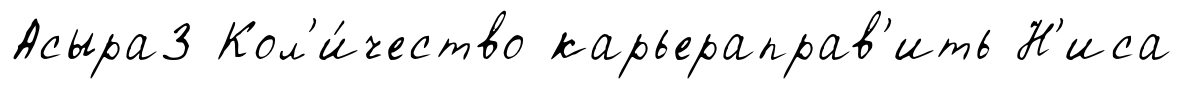
Асыра3 Кол'и́чество карьераправ'ить Н'иса